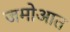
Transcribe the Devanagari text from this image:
जमोआत